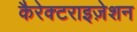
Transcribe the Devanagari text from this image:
कैरेक्टराइज़ेशन